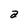
Character: a